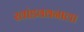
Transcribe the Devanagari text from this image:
खांडववनाला